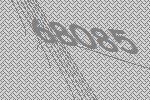
68085